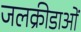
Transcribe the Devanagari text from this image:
जलक्रीडाओं